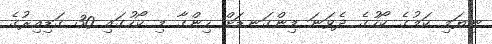
ނިޔަމި ކަމުގެ ކޯހުގެ ދެވަނަ މިންގަނޑަށް ހިންގާ މި ކޯހުގައި 30 ގަޑިއިރުގެ